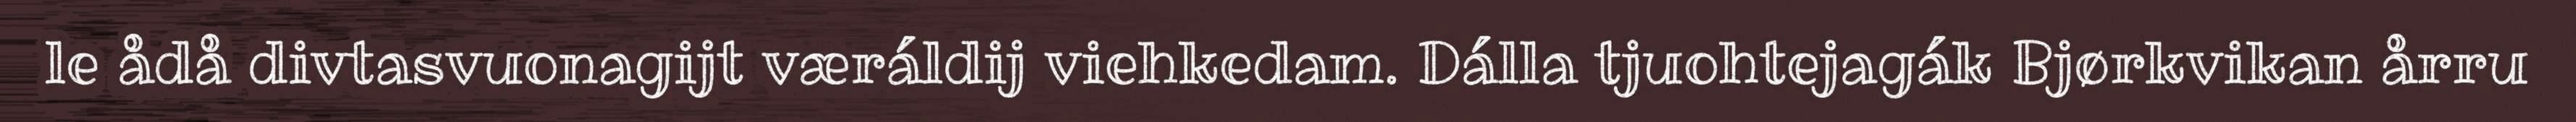
le ådå divtasvuonagijt væráldij viehkedam. Dálla tjuohtejagák Bjørkvikan årru